Report on vaccination North-West Frontier Province 1904-1922 - 1904-1922
Year: 1904
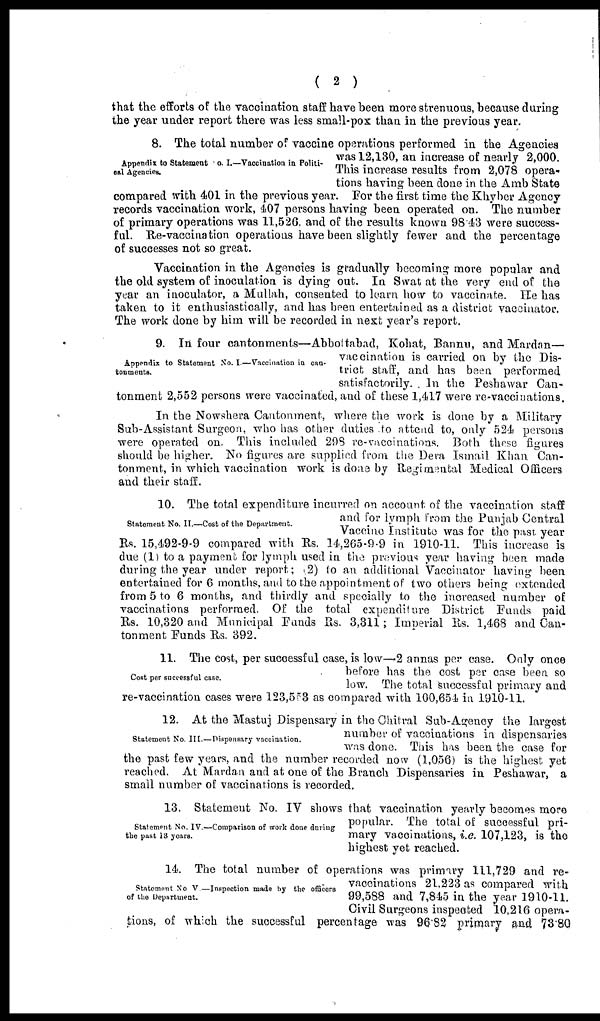
( 2 )
that the efforts of the vaccination staff have been more strenuous, because during
the year under report there was less small-pox than in the previous year.
Appendix to Statement No. I.—Vaccination in Politi-
cal Agencies.
8. The total number of vaccine operations performed in the Agencies
was 12,130, an increase of nearly 2,000.
This increase results from 2,078 opera-
tions having been done in the Amb State
compared with 401 in the previous year. For the first time the Khyber Agency
records vaccination work, 407 persons having been operated on. The number
of primary operations was 11,526. and of the results known 98.43 were success-
ful. Re-vaccination operations have been slightly fewer and the percentage
of successes not so great.
Vaccination in the Agencies is gradually becoming more popular and
the old system of inoculation is dying out. In Swat at the very end of the
year an inoculator, a Mullah, consented to learn how to vaccinate. He has
taken to it enthusiastically, and has been entertained as a district vaccinator.
The work done by him will be recorded in next year's report.
Appendix to Statement No. I.— Vaccination in can-
tonments.
9. In four cantonments—Abbottabad, Kohat, Bannu, and Mardan—
vaccination is carried on by the Dis-
trict staff, and has been performed
satisfactorily. In the Peshawar Can-
tonment 2,552 persons were vaccinated, and of these 1,417 were re-vaccinations.
In the Nowshera Cantonment, where the work is done by a Military
Sub-Assistant Surgeon, who has other duties to attend to, only 524 persons
were operated on. This included 298 re-vaccinations. Both these figures
should be higher. No figures are supplied from the Dera Ismail Khan Can-
tonment, in which vaccination work is done by Regimental Medical Officers
and their staff.
Statement No. II.—Cost of the Department.
10. The total expenditure incurred on account of the vaccination staff
and for lymph from the Punjab Central
Vaccine Institute was for the past year
Rs. 15,492-9-9 compared with Rs. 14,265-9-9 in 1910-11. This increase is
due (1) to a payment for lymph used in the previous year having been made
during the year under report; 2) to an additional Vaccinator having been
entertained for 6 months and to the appointment of two others being extended
from 5 to 6 months, and thirdly and specially to the increased number of
vaccinations performed. Of the total expenditure District Funds paid
Rs. 10,320 and Municipal Funds Rs. 3,311; Imperial Rs. 1,468 and Can-
tonment Funds Rs. 392.
Cost per successful case.
11. The cost, per successful case, is low—2 annas per case. Only once
before has the cost per case been so
low. The total successful primary and
re-vaccination cases were 123,553 as compared with 100,654 in 1910-11.
Statement No III.—Dispensary vaccination.
12. At the Mastuj Dispensary in the Chitral Sub-Agency the largest
number of vaccinations in dispensaries
was done. This has been the case for
the past few years, and the number recorded now (1,056) is the highest yet
reached. At Mardan and at one of the Branch Dispensaries in Peshawar, a
small number of vaccinations is recorded.
Statement No. IV.—Comparison of work done during
the past 13 years.
13. Statement No. IV shows that vaccination yearly becomes more
popular. The total of successful pri-
mary vaccinations, i.e. 107,123, is the
highest yet reached.
Statement No. V.—Inspection made by the officers
of the Department.
14. The total number of operations was primary 111,729 and re-
vaccinations 21,223 as compared with
99,588 and 7,845 in the year 1910-11.
Civil Surgeons inspected 10,216 opera-
tions, of which the successful percentage was 96.82 primary and 73.80